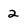
Character: 2